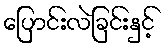
ပြောင်းလဲခြင်းနှင့်